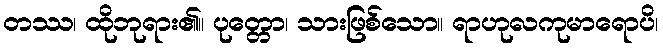
တဿ၊ ထိုဘုရား၏။ ပုတ္တော၊ သားဖြစ်သော။ ရာဟုလကုမာရောပိ၊